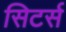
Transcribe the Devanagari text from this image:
सिटर्स